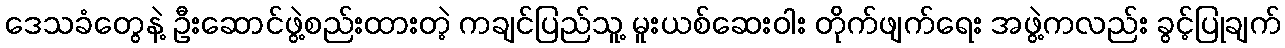
ဒေသခံတွေနဲ့ ဦးဆောင်ဖွဲ့စည်းထားတဲ့ ကချင်ပြည်သူ့ မူးယစ်ဆေးဝါး တိုက်ဖျက်ရေး အဖွဲ့ကလည်း ခွင့်ပြုချက်